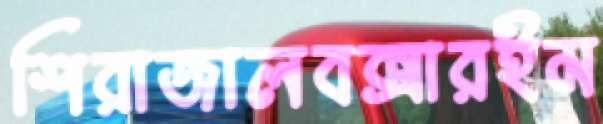
শিরাজালবক্সারইম